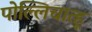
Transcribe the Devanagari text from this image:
पोल्लिचात्हू